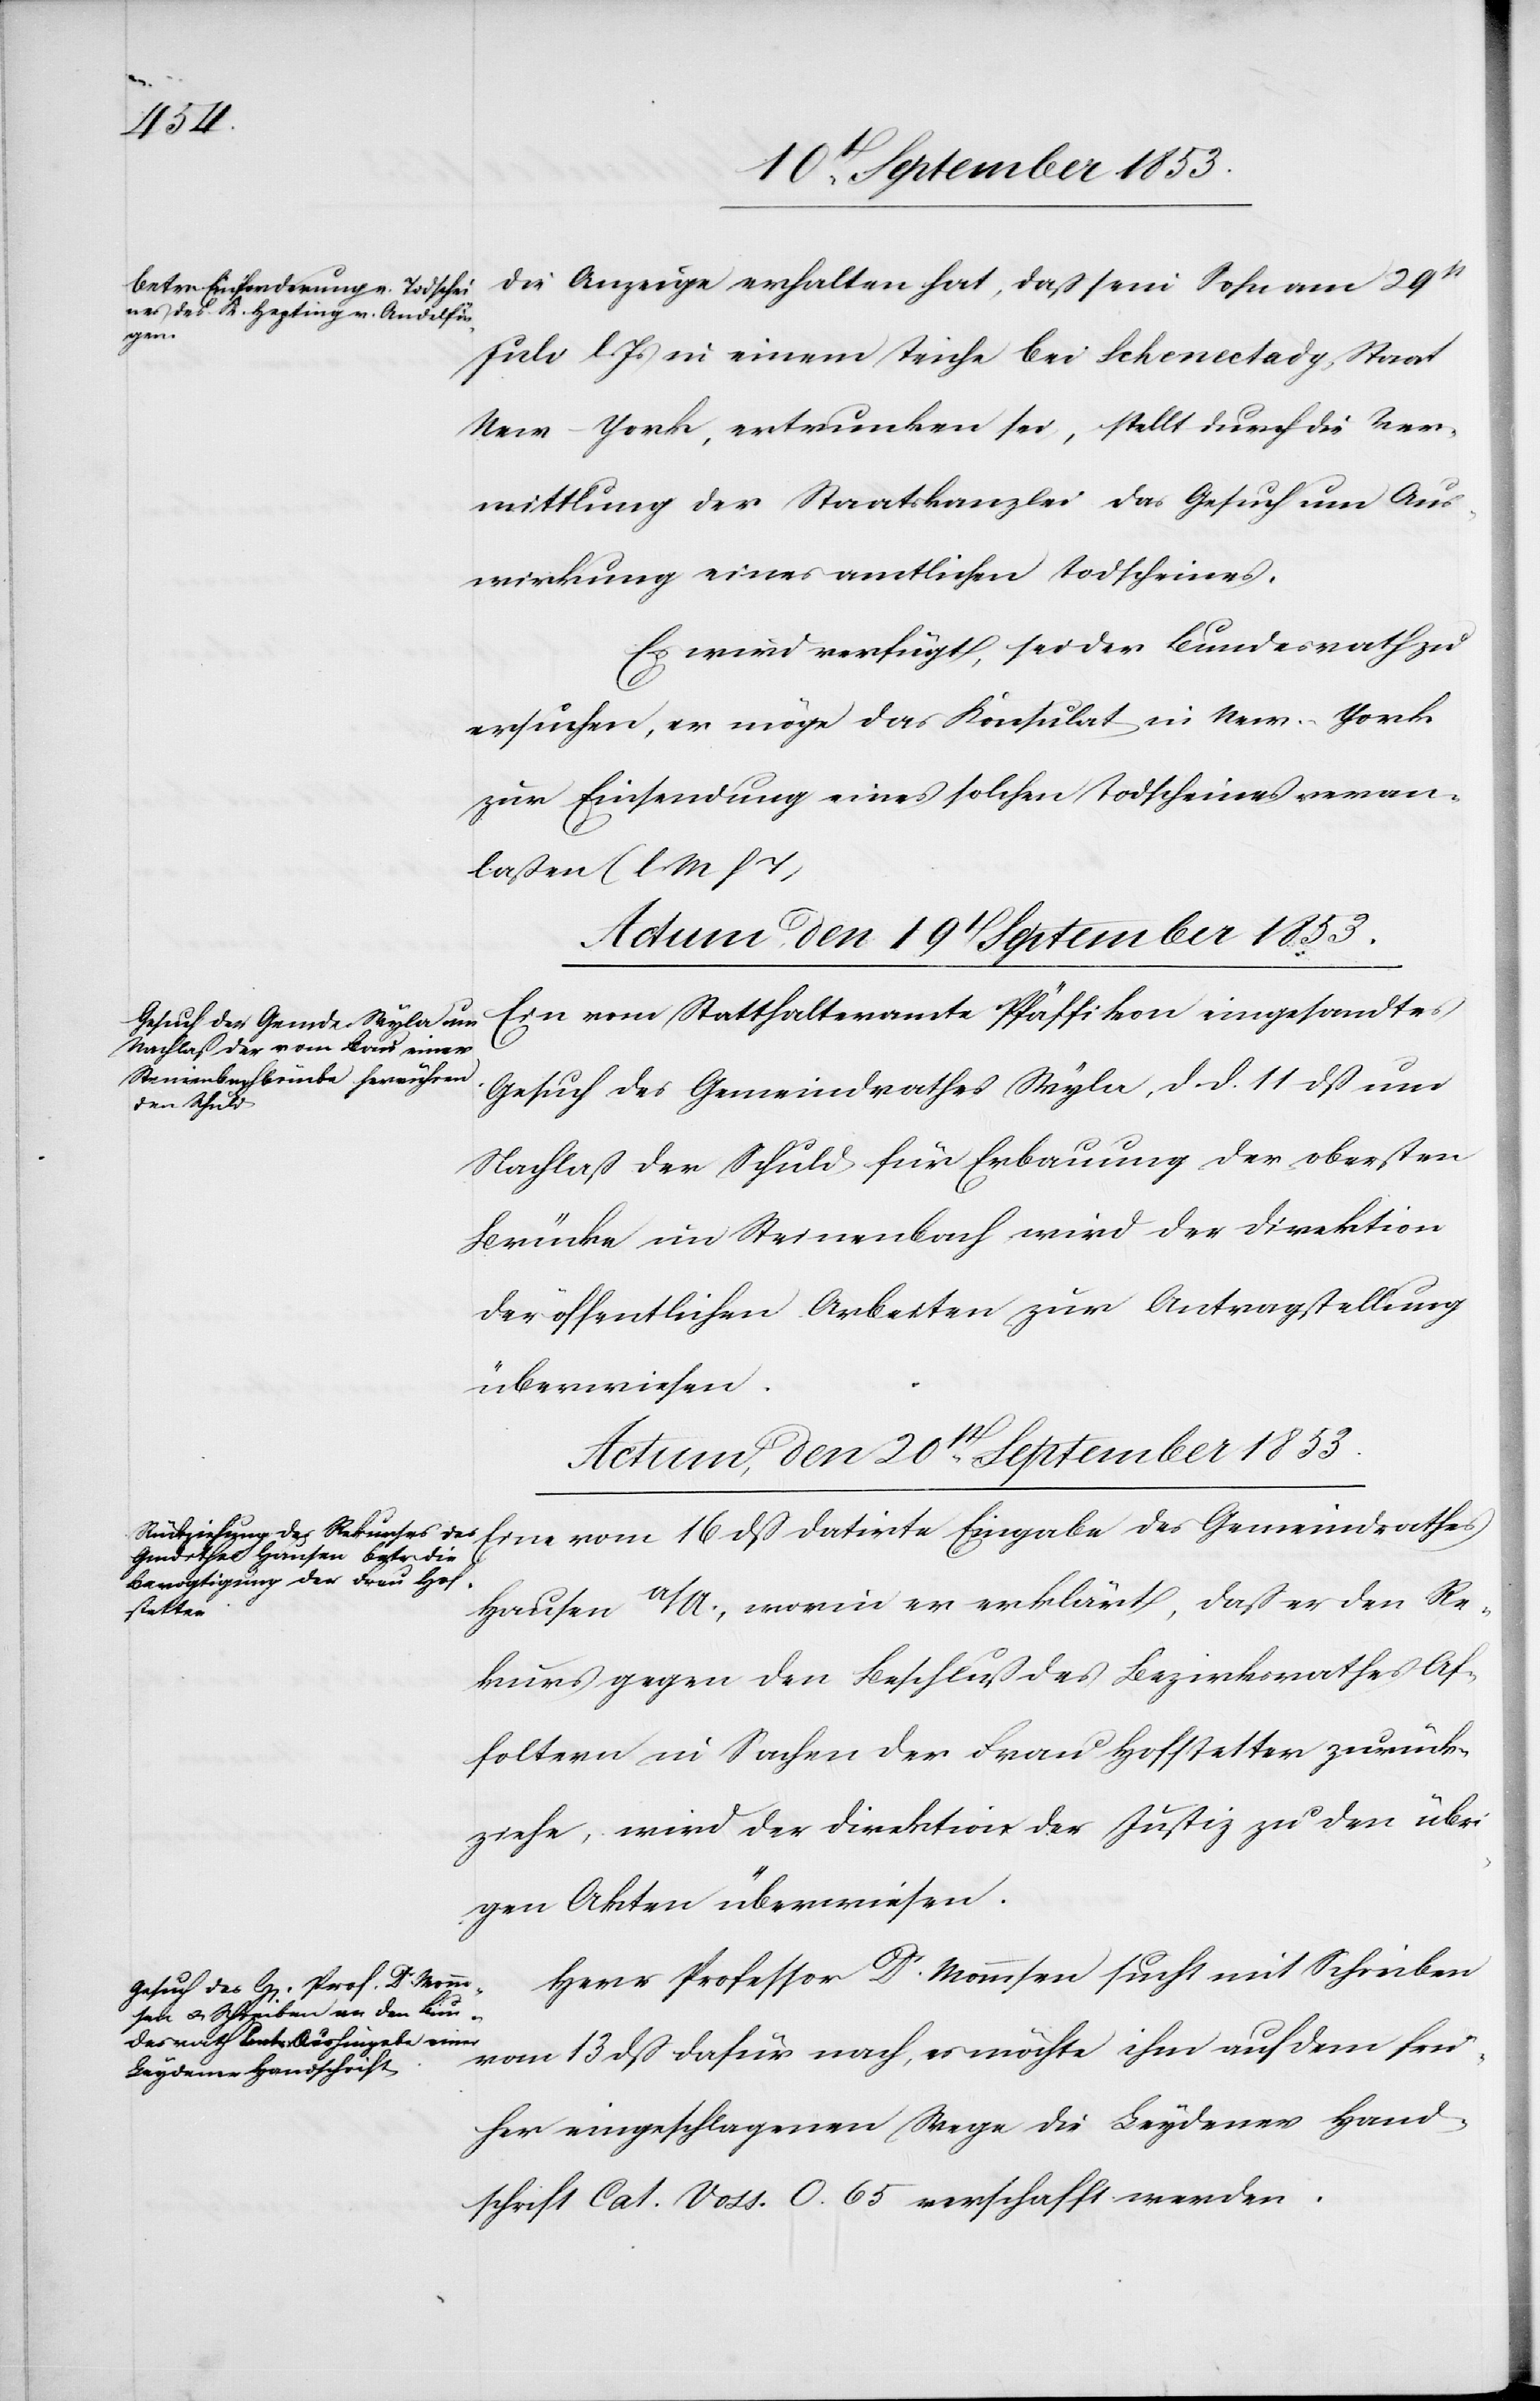
die Anzeige erhalten hat, daß sein Sohn am 29t
Juli l. Js. in einem Teiche bei Schenectady, Staat
New-York, ertrunken sei, stellt durch die Ver¬
mittlung der Staatskanzlei das Gesuch um Aus¬
wirkung eines amtlichen Todscheines.
Es wird verfügt, sei der Bundesrath zu
ersuchen, er möge das Konsulat in New-York
zur Einsendung eines solchen Todscheines veran¬
laßen. [l. M. h.
Actum den 19t September 1853.
Ein vom Statthalteramte Pfäffikon eingesandtes
Gesuch des Gemeindrathes Wyla, d. d. 11 dß um
Nachlaß der Schuld für Erbauung der obersten
Brücke im Steinenbach wird der Direktion
der öffentlichen Arbeiten zur Antragstellung
überwiesen.
Actum, den 20t[en] September 1853.]
Hausen a/A., worin er erklärt, daß er den Re¬
datirte
kurs gegen den Beschluß des Bezirksrathes Af¬
foltern in Sachen der Frau Hofstetter zurück¬
ziehe, wird der Direktion der Justiz zu den übri¬
gen Akten überwiesen.
Herr Professor Dr Mommsen sucht mit Schreiben
vom 13 dß dafür nach, es möchte ihm auf dem frü¬
her eingeschlagenen Wege die Leydener Hand¬
schrift Cat. Voss. O. 65 verschafft werden.